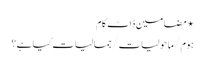
⋆ مضامین ڈاٹ کام
ہوم/ماحولیات/جمالیات کیا ہے؟